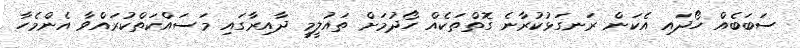
ސަބަބެއް ހޯދައި އެކަން ރަނގަޅުކުރާނެ ގޮތްތަކެއް ހޯދުމަށް ތައުލީމީ ދާއިރާގައި މަސައްކަތްކުރައްވާ އެންމެހާ